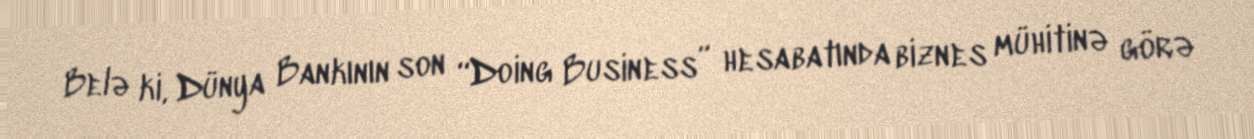
Belə ki, Dünya Bankının son “Doing Business” hesabatında biznes mühitinə görə